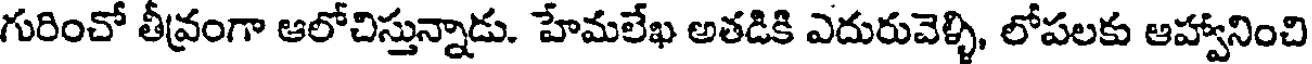
గురించో తీవ్రంగా ఆలోచిస్తున్నాడు. హేమలేఖ అతడికి ఎదురువెళ్ళి, లోపలకు ఆహ్వానించి